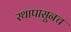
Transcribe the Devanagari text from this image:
रथापासूनच